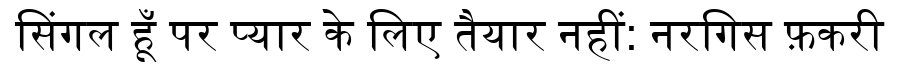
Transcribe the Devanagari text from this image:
सिंगल हूँ पर प्यार के लिए तैयार नहीं: नरगिस फ़करी